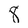
Character: 8